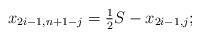
LaTeX: \begin{align*} x_{2i-1,n+1-j} = \tfrac{1}{2} S - x_{2i-1,j};\end{align*}